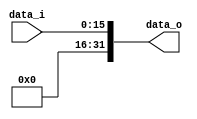
module Zero_Filled( data_i, data_o );

//I/O ports
input	[16-1:0] data_i;
output	reg [32-1:0] data_o;

//Internal Signals
/*
wire	[32-1:0] data_o;
*/
genvar i;
//Zero_Filled
/*your code here*/

always@(data_i)begin
data_o[15:0] <= data_i[15:0];
data_o[31:16] <= 0;
end
/*
generate
for  (i = 0; i < 16; i = i+1)begin
    assign data_o[i] = data_i[i];
end
endgenerate

generate
for  (i = 16; i < 32; i = i+1)begin
    data_o[i] = 0;
end
endgenerate
*/

endmodule